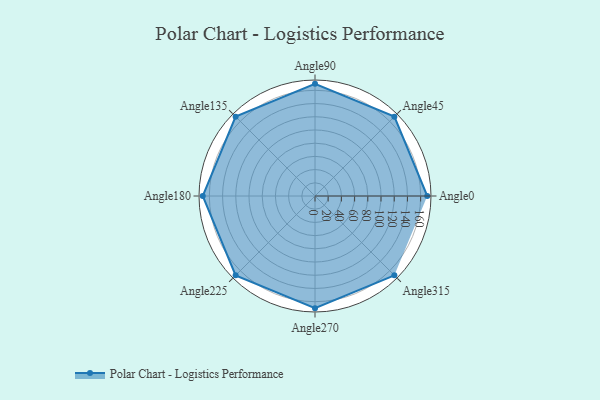
{"axis": {"x": "Angle", "y": "Radius"}, "legend": [""], "data": [{"x": "Angle0", "y": 170, "type": ""}, {"x": "Angle45", "y": 170, "type": ""}, {"x": "Angle90", "y": 170, "type": ""}, {"x": "Angle135", "y": 170, "type": ""}, {"x": "Angle180", "y": 170, "type": ""}, {"x": "Angle225", "y": 170, "type": ""}, {"x": "Angle270", "y": 170, "type": ""}, {"x": "Angle315", "y": 170, "type": ""}]}